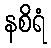
နစိရံ